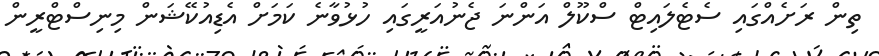
ތިން ރަށެއްގައި ސެޓެލައިޓް ސްކޫލް އަންނަ ޖެނުއަރީގައި ހުޅުވާނެ ކަމަށް އެޑިއުކޭޝަން މިނިސްޓްރީން